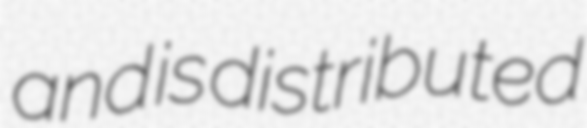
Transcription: and is distributed